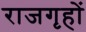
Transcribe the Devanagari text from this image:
राजगृहों